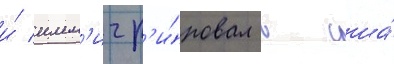
и́ имм'игр'и́ровал в сша́